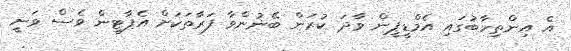
އެ އިންތިހާބުގައި އެމްޑީޕީން ވާދަ ކުރަން ބޭނުންވާ ފަރާތަކަށް އެޕާޓީން ވެސް ވަނީ